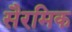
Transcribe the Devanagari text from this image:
सैरमिक